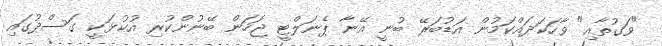
"ވަގުތާއި" ވާހަކަދައްކަމުން އަޑުބަރޭ ބުނީ އޭނާ ޕެނަލްޓީ ޖަހަން ބޭނުންކުރި އުކުޅަކީ ގަސްދުގައި